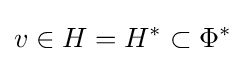
v\in H=H^{*}\subset \Phi ^{*}